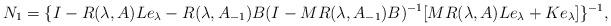
LaTeX: \begin{align*} N_1=\{I-R(\lambda,A)Le_\lambda-R(\lambda,A_{-1})B(I-MR(\lambda,A_{-1})B)^{-1}[MR(\lambda,A)Le_\lambda+Ke_\lambda]\}^{-1},\end{align*}